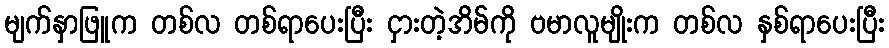
မျက်နှာဖြူက တစ်လ တစ်ရာပေးပြီး ငှားတဲ့အိမ်ကို ဗမာလူမျိုးက တစ်လ နှစ်ရာပေးပြီး